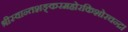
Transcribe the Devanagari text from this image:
श्रीस्वान्तशङ्करमहोरकिशोरचन्द्र।